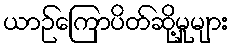
ယာဉ်ကြောပိတ်ဆို့မှုများ